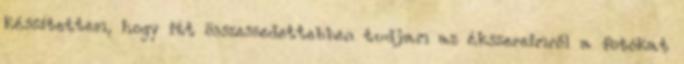
készítettem, hogy itt összeszedettebben tudjam az ékszereimről a fotókat